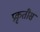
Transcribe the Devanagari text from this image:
प्रकृतीस